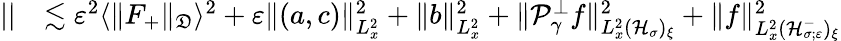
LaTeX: \begin{array}{rl}{||}&{\lesssim\varepsilon^{2}\langle\| F_{+}\| _{\mathfrak D}\rangle^{2}+\varepsilon\| (a,c)\| _{L_{x}^{2}}^{2}+\| b\| _{L_{x}^{2}}^{2}+\| \mathcal P_{\gamma}^{\perp}f\| _{L_{x}^{2}(\mathcal H_{\sigma})_{\xi}}^{2}+\| f\| _{L_{x}^{2}(\mathcal H_{\sigma;\varepsilon}^{-})_{\xi}}^{2}}\end{array}